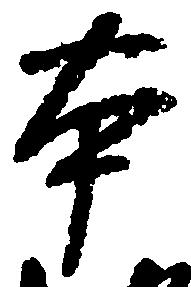
本